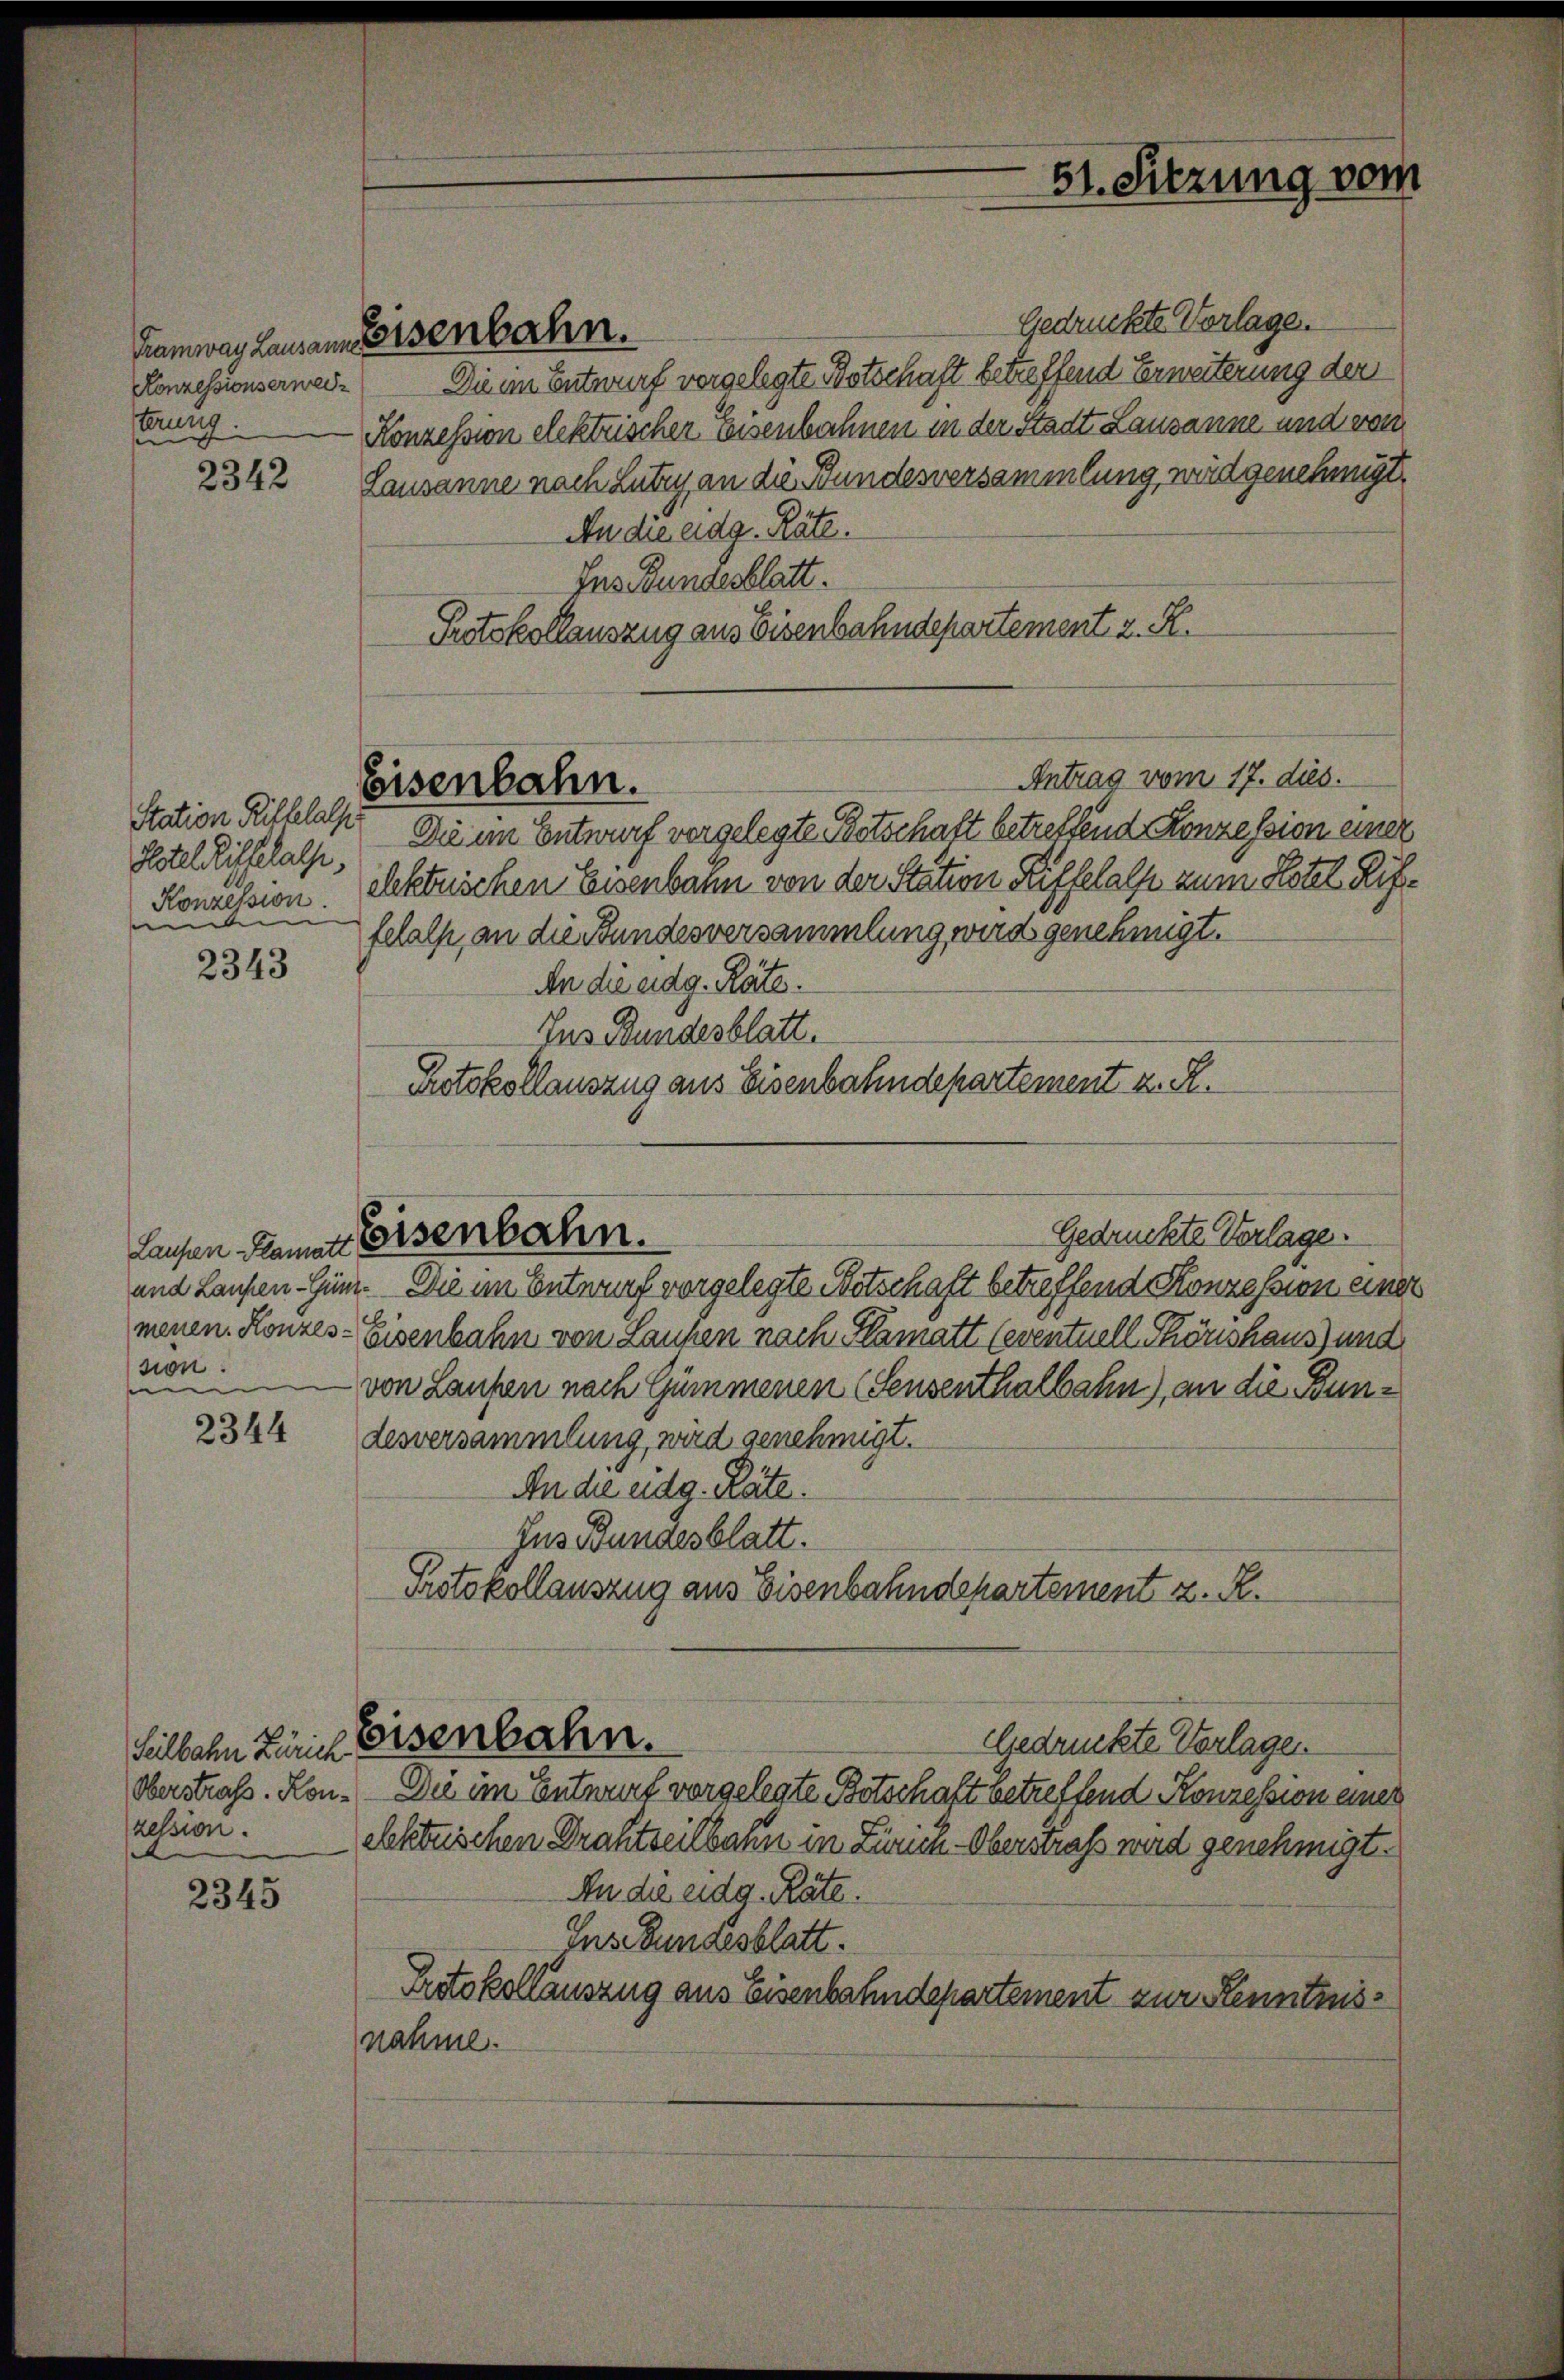
Konzessionserweinug.

2342

Station Rittelal
Hotel Riffelasse,
Konzession.
een |

2343

2344

2345

Seilbahn Zürich
aession.

Laufen Plamatt
sion.

Gedrückte Vorlage.
Die im Entwurf vorgelegte Botschaft betreffend Erweiterung der
Konzession elektrischer Eisenbahnen in der Stadt Lausanne und von
Lausanne nach Lutz an die Bundesversammlung, wird genehmigt.
An die eidg. Räte.
Ins Bundesblatt.
Protokollauszug aus Eisenbahndepartement z. R.
Antrag vom 17. dies.
Die im Entwurf vorgelegte Botschaft betreffend Konzession einer
ehktrischen Eisenbahn von der Station Riffehalf zum Hotel, Riffelalp, an die Bundesversammlung wird genehmigt.
An die eidg. Räte.
Ius Bundesblatt.
Protokollauszug aus Eisenbahndepartement z. R.
Gedrückte Verlage.
Eisenbahn.
und Laufen-Gen. Die im Entwurf vorgelegte Botschaft betreffend Konzession einer
menen. Konzes-Eisenbahn von Laufen nach Flamatt (eventuell Thörshaus) und
von Laufen nach Gummenen (Sensenthalbahn), an die Bundesversammlung, wird genehmigt.
An die eidg. Räte.
Ins Bundesblatt.
Protokollauszug aus Eisenbahndepartement z. R.

Kamwag Lausann Eisenbahn.

Eisenbahn.

Eisenbahn.

51. Sitzung vom

Oberstraß. Kon- Die im Entwurf vorgelegte Botschaft betreffend Konzession eines
ebktuischen Drahtzeitbahn in Zürich-Oberstraß wird genehmigt.
An die eidg. Räte.
Ins Bundesblatt.
Protokollauszug aus Eisenbahndepartement zur Kenntnisnähme.

Gedrückte Vorlagen